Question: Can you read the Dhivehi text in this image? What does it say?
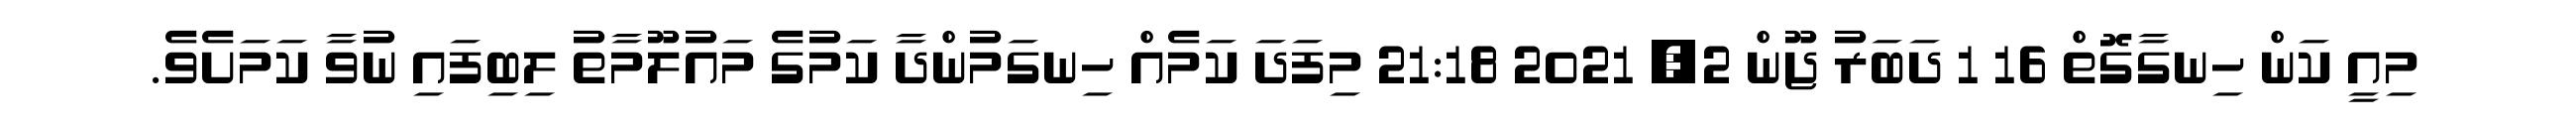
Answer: މިއީ ކަން ހިނގާގޮތް 16 1 ދަބަރު ޖޫން 2, 2021 21:18 މިފަދަ ކަމެއް ހިނގަމުންދާ ކަމުގެ މައުލޫމާތު ލިބިފައި ނުވާ ކަމަށެވެ.